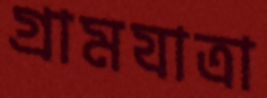
গ্রামযাত্রা